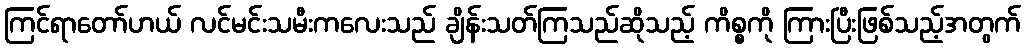
ကြင်ရာတော်ဟယ် လင်မင်းသမီးကလေးသည် ချိန်းသတ်ကြသည်ဆိုသည့် ကိစ္စကို ကြားပြီးဖြစ်သည့်အတွက်